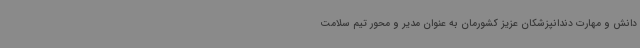
دانش و مهارت دندانپزشکان عزیز کشورمان به عنوان مدیر و محور تیم سلامت